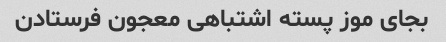
بجای موز پسته اشتباهی معجون فرستادن